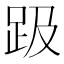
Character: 趿